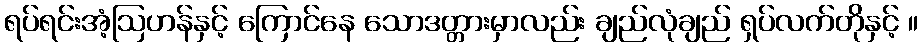
ရပ်ရင်းအံ့ဩဟန်နှင့် ကြောင်နေ သောဒတ္တားမှာလည်း ချည်လုံချည် ရှပ်လက်တိုနှင့် ။